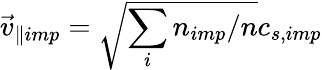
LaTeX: \vec{v}_{\parallel imp}=\sqrt{\sum_{i}n_{imp}/n}c_{s,imp}